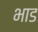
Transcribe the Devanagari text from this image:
भाड